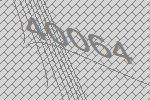
40064